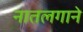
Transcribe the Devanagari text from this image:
नातलगाने